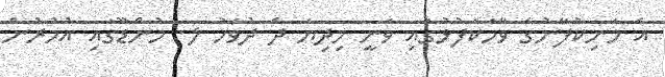
އެ މަނިކުފާނުގެ ވާހަކަފުޅުގައި ވަނީ މިދިޔަ ދެ ދުވަހު ލ. މުންޑޫގައި އުމުރުން